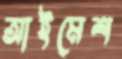
আইমেশ